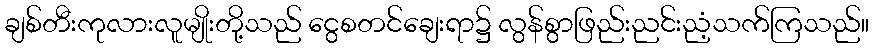
ချစ်တီးကုလားလူမျိုးတို့သည် ငွေစတင်ချေးရာ၌ လွန်စွာဖြည်းညင်းညံ့သက်ကြသည်။